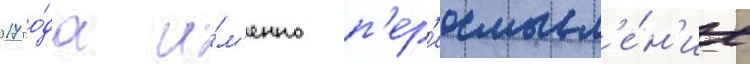
2017 го́да и́м'енно п'ер'еосмысл'е́н'ие